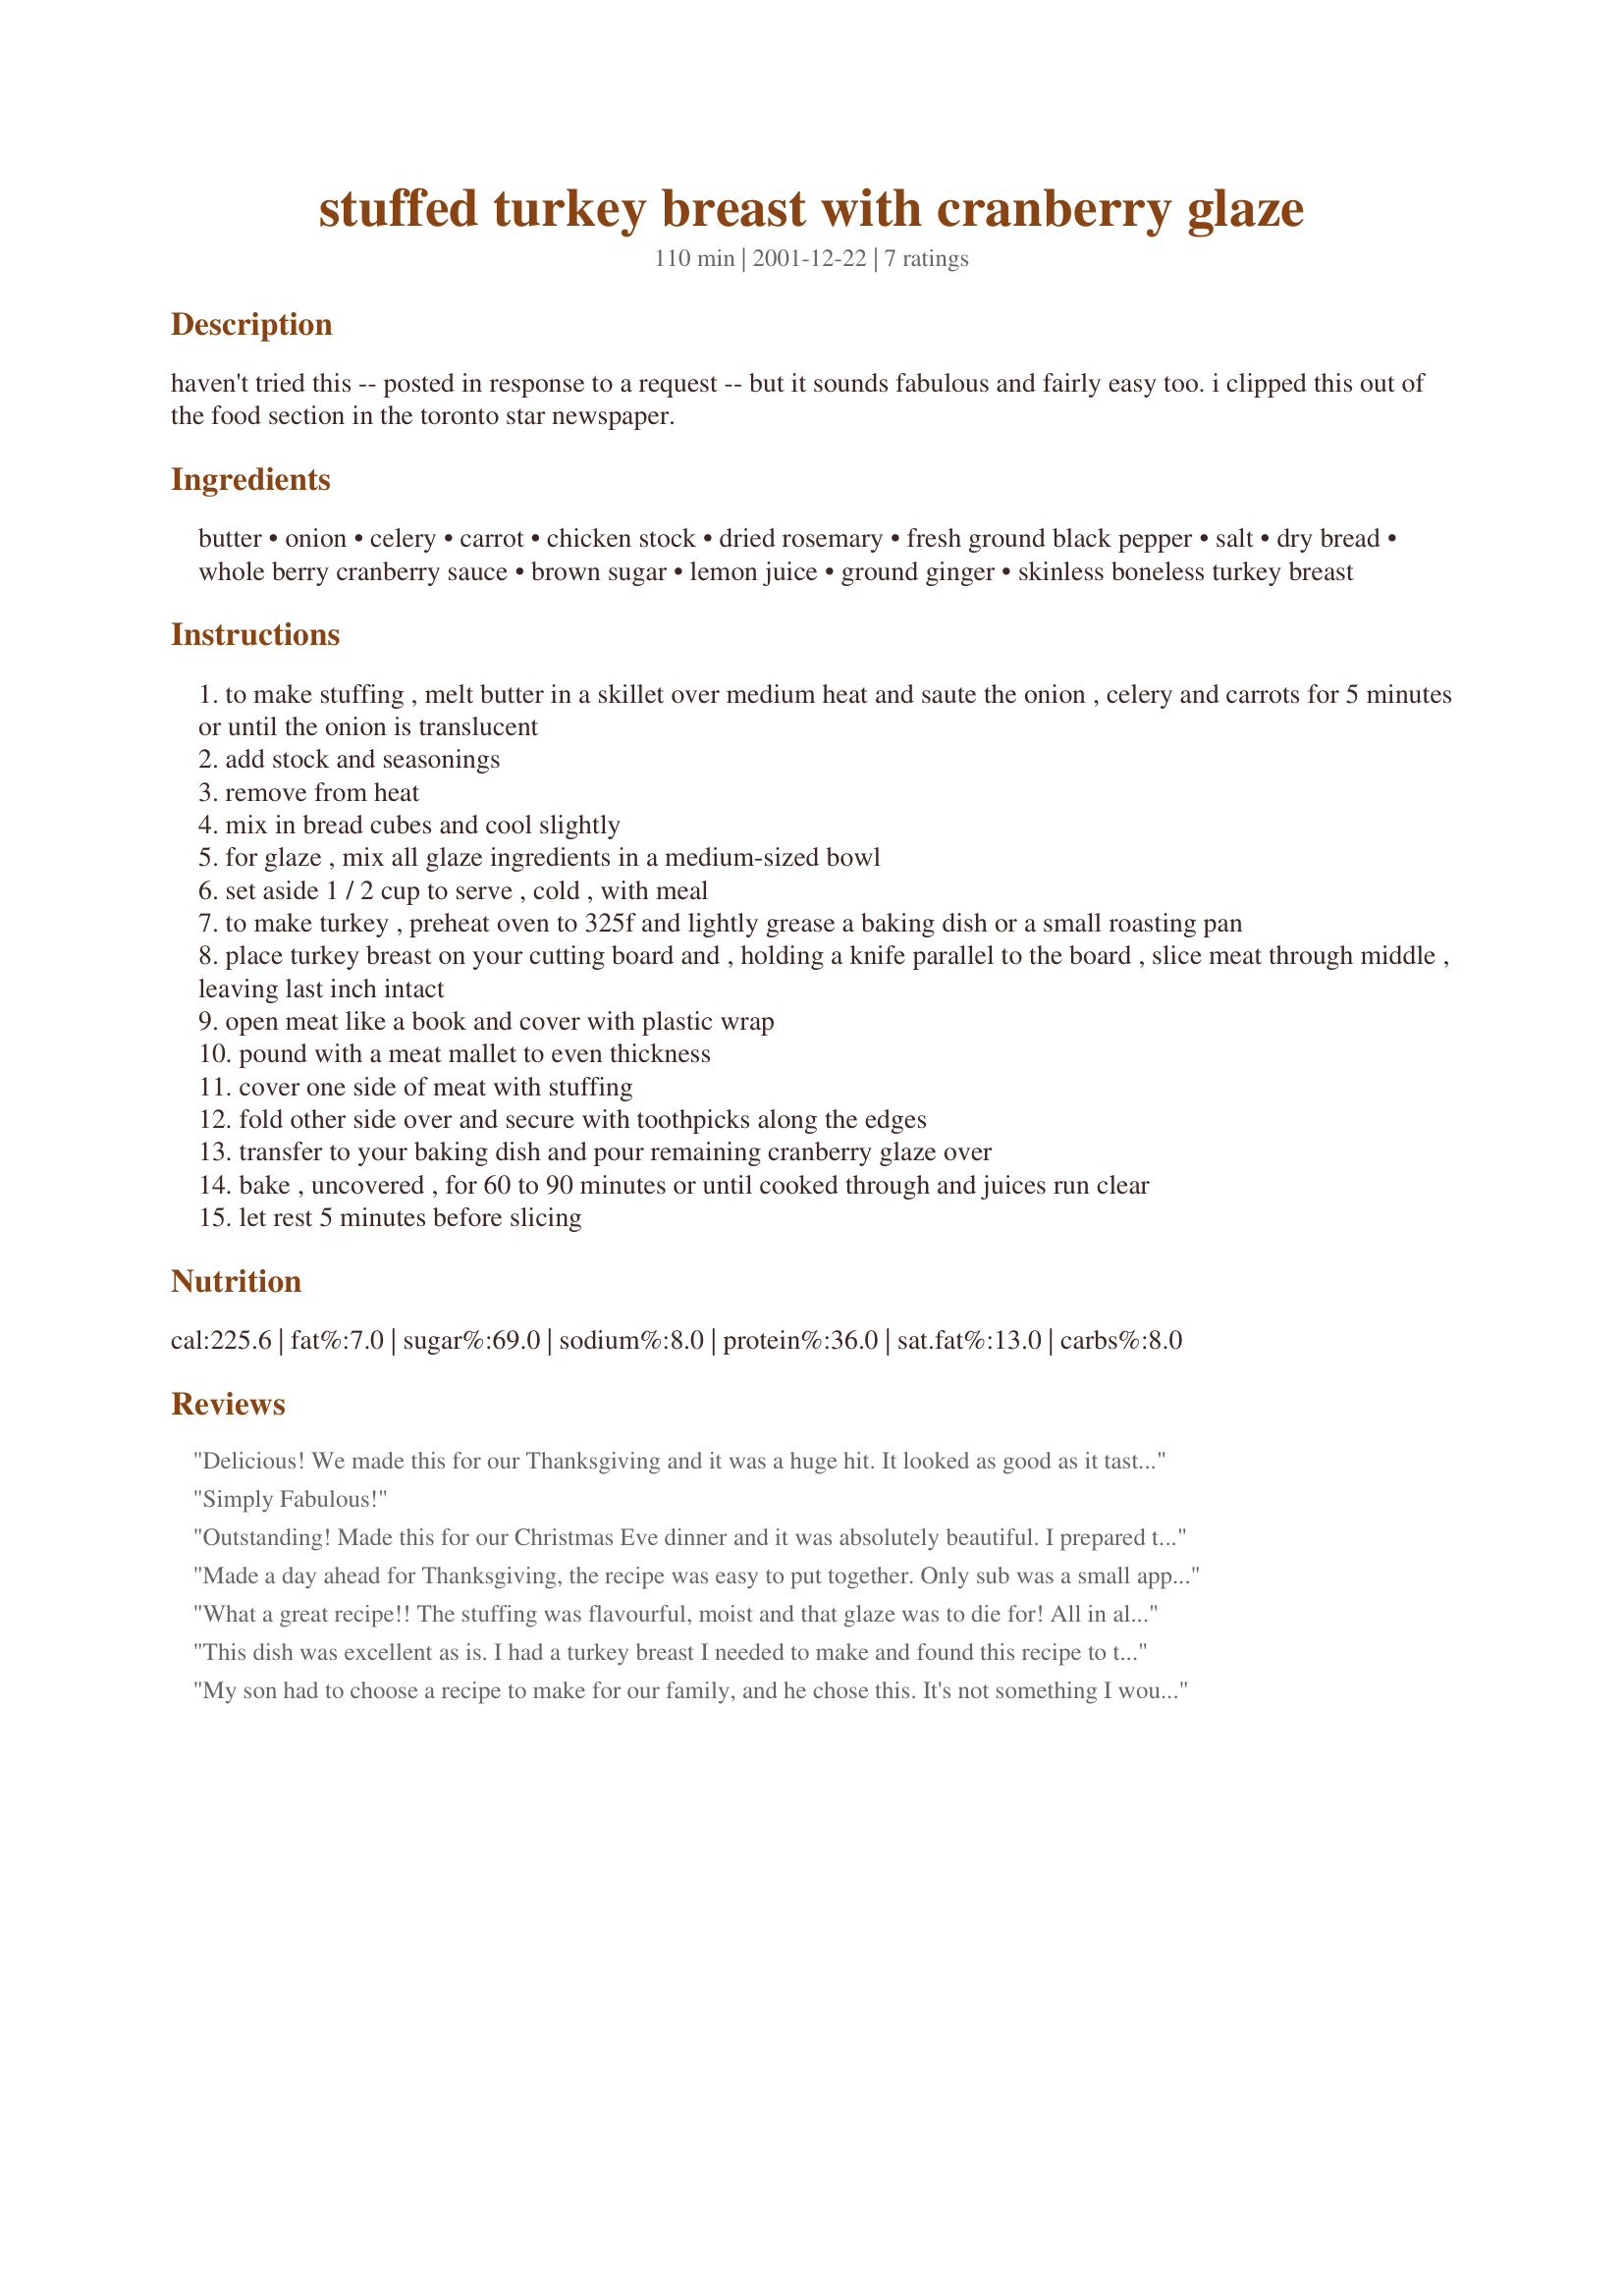
stuffed turkey breast with cranberry glaze
Preparation time: 110 minutes

haven't tried this -- posted in response to a request -- but it sounds fabulous and fairly easy too. i clipped this out of the food section in the toronto star newspaper.

Ingredients:
butter, onion, celery, carrot, chicken stock, dried rosemary, fresh ground black pepper, salt, dry bread, whole berry cranberry sauce, brown sugar, lemon juice, ground ginger, skinless boneless turkey breast

Steps:
to make stuffing , melt butter in a skillet over medium heat and saute the onion , celery and carrots for 5 minutes or until the onion is translucent
add stock and seasonings
remove from heat
mix in bread cubes and cool slightly
for glaze , mix all glaze ingredients in a medium-sized bowl
set aside 1 / 2 cup to serve , cold , with meal
to make turkey , preheat oven to 325f and lightly grease a baking dish or a small roasting pan
place turkey breast on your cutting board and , holding a knife parallel to the board , slice meat through middle , leaving last inch intact
open meat like a book and cover with plastic wrap
pound with a meat mallet to even thickness
cover one side of meat with stuffing
fold other side over and secure with toothpicks along the edges
transfer to your baking dish and pour remaining cranberry glaze over
bake , uncovered , for 60 to 90 minutes or until cooked through and juices run clear
let rest 5 minutes before slicing

Reviews:
Delicious! We made this for our Thanksgiving and it was a huge hit. It looked as good as it tasted. The cranberry sauce was a real surprise. The ginger with the lemon juice added a wonderful depth of flavor which I will use again. Thanks so much!
Simply Fabulous!
Outstanding!
Made this for our Christmas Eve dinner and it was absolutely beautiful. I prepared the Stuffing and Glaze as directed, but instead of folding the pounded turkey breast over "book-like" and securing with toothpicks, I prepared a roulade for presentation purposes. As mentioned above this was not only beautiful but easy to prepare and delicious! It is so hard here in the Netherlands to find/purchase the "whole" turkey one would traditionally have for Thanksgiving, Christmas or New Years Dinner - This recipe is a super keeper!
Made a day ahead for Thanksgiving, the recipe was easy to put together. Only sub was a small apple chopped for the carrot. The turkey was moist and tender and the cranberry glaze really made the dish. The only change I'll make the next time centers on the bread I used for the stuffing: even though it was an artisan-type loaf, once stirred into sauted veggies and broth, it became too soft/mushy. I think I'll use leftover biscuits and cornbread for the stuffing next go round.... AND make a pan full on the side b/c everyone enjoyed the stuffing they had and asked for more. This recipe is already on my Christmas dinner menu... great presentation and downright delicious!
What a great recipe!! The stuffing was flavourful, moist and that glaze was to die for! All in all, a really fantastic recipe and perfect for when there's only 2 of you and you don't need an entire turkey!
This dish was excellent as is. I had a turkey breast I needed to make and found this recipe to try. The stuffing was moist and flavorful and the glaze tasty. We devoured it. I have made it another time since. It's a keeper. Thanks!
My son had to choose a recipe to make for our family, and he chose this. It's not something I would have chosen because I would have thought it was too much work, but it was pretty simple. Everyone really enjoyed this!
